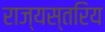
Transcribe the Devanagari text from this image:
राज्यस्तरिय